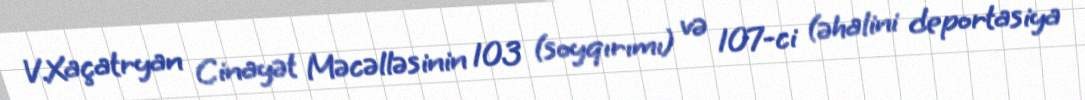
V.Xaçatryan Cinayət Məcəlləsinin 103 (soyqırımı) və 107-ci (əhalini deportasiya